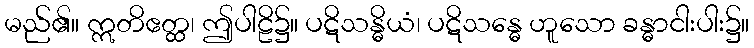
မည်၏။ ဣတိဧတ္ထ၊ ဤပါဠိ၌။ ပဋိသန္ဓိယံ၊ ပဋိသန္ဓေ ဟူသော ခန္ဓာငါးပါး၌။